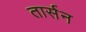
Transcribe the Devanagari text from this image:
तार्सन